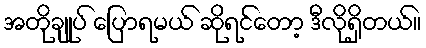
အတိုချုပ် ပြောရမယ် ဆိုရင်တော့ ဒီလိုရှိတယ်။